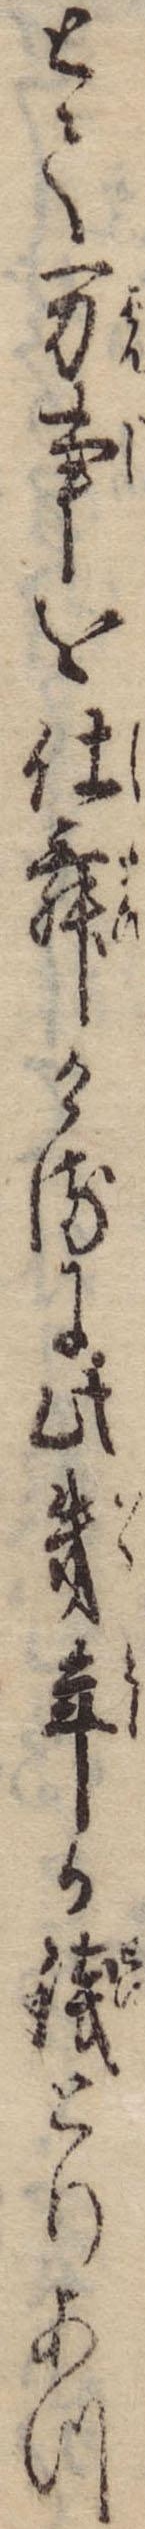
とて万事を仕舞けるに此幾年か銭とりあつ